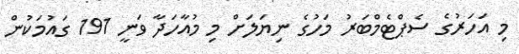
މި އަހަރުގެ ސެޕްޓެމްބަރު މަހުގެ ނިޔަލަށް މި މުއާހަދާ ވަނީ 191 ގައުމަކުން